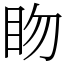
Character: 䀛